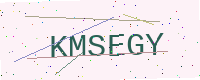
Text: KMSEGY